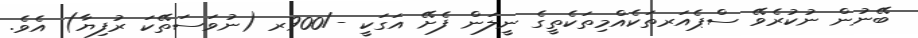
ބޭނުން ނުކުރެވޭ ސްޕެއަރތަކެއްމިތަކެތީގެ ނީލަން ފެށޭ އަގަކީ -/900ރ (ނުވަސަތޭކަ ރުފިޔާ) އެވެ.